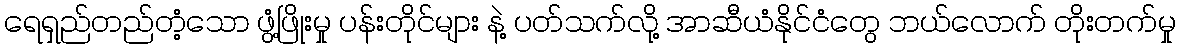
ရေရှည်တည်တံ့သော ဖွံ့ဖြိုးမှု ပန်းတိုင်များ နဲ့ ပတ်သက်လို့ အာဆီယံနိုင်ငံတွေ ဘယ်လောက် တိုးတက်မှု